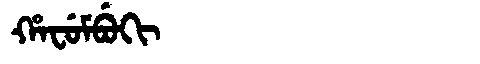
Manchu: ᡥᠠᠸᡠᠮᠪᡠᡴᡳ
Romanization: HAFUMBUKI